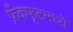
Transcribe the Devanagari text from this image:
फ्रँकफूटमध्ये